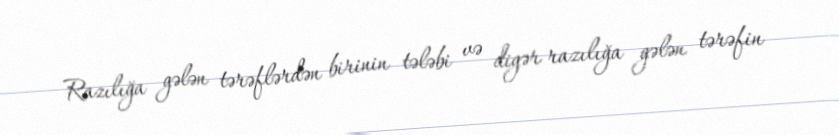
Razılığa gələn tərəflərdən birinin tələbi və digər razılığa gələn tərəfin